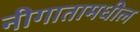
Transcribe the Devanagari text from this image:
नीगातामधील